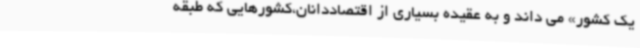
یک کشور» می داند و به عقیده بسیاری از اقتصاددانان،کشورهایی که طبقه